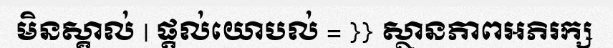
មិនស្គាល់ | ផ្តល់យោបល់ = }} ស្ថានភាពអភិរក្ស